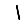
Digit: 1